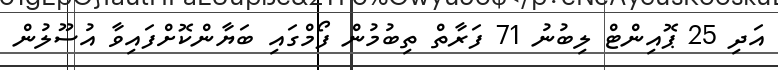
އަދި 25 ޕޮއިންޓް ލިބުނު 71 ފަރާތް ތިބުމުން ފޯމްގައި ބަޔާންކޮށްފައިވާ އުސޫލުން